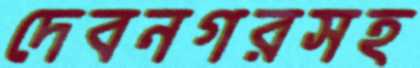
দেবনগরসহ